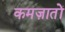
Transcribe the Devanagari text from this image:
कमज़ातों